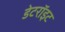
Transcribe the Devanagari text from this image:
डेटरॉइट